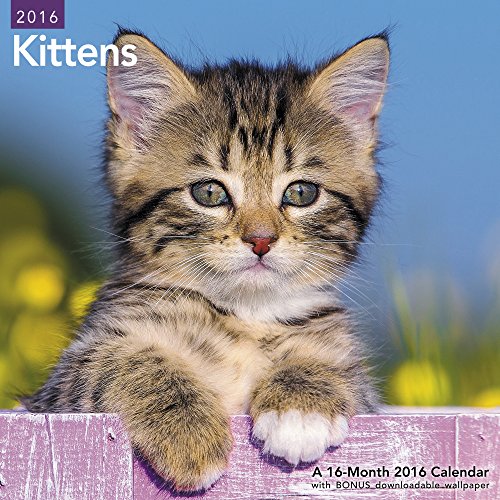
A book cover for Kittens Wall Calendar (2016); Mead; Calendars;